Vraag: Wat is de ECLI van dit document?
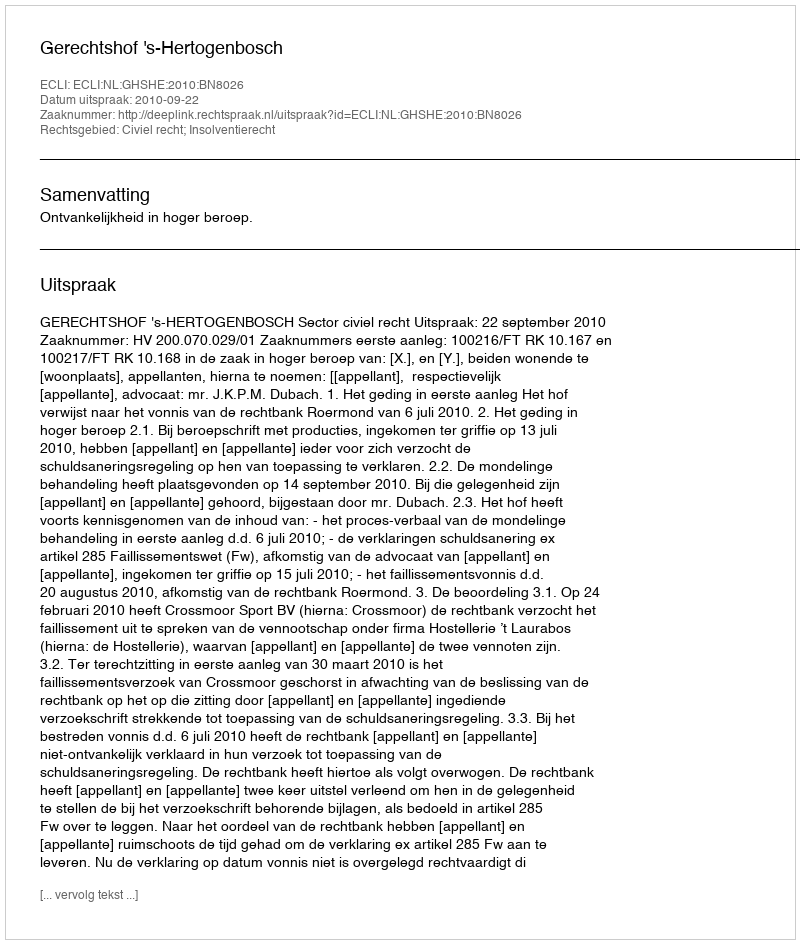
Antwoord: ECLI:NL:GHSHE:2010:BN8026